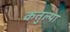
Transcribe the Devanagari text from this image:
कतुल्या